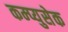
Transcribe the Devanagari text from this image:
कम्प्युसेक